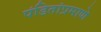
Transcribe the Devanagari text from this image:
पंडितांप्रमाणे